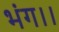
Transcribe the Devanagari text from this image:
भंग।।